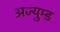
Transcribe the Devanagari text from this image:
अज्युम्ड